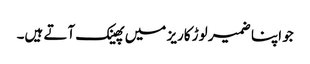
جو اپنا ضمیر لوڑ کاریز میں پھینک آتے ہیں۔